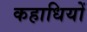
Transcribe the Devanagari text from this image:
कहाधियों